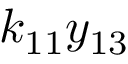
k _ { 1 1 } y _ { 1 3 }